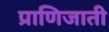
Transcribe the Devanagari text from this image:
प्राणिजाती